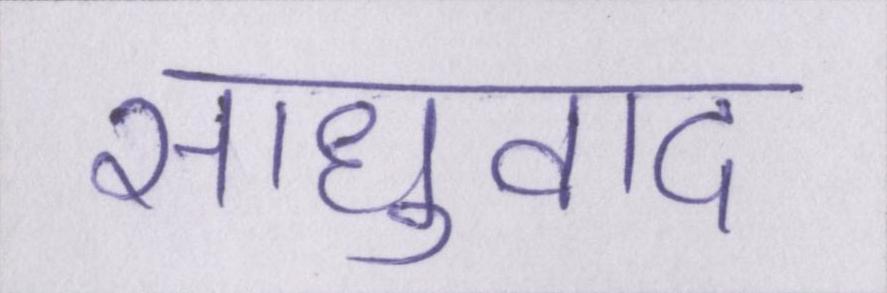
साधुवाद